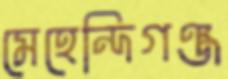
মেহেন্দিগঞ্জ